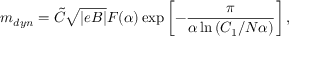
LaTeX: m _ { d y n } = \tilde { C } \sqrt { | e B | } F ( \alpha ) \exp \left[ - \frac { \pi } { \alpha \ln \left( C _ { 1 } / N \alpha \right) } \right] ,